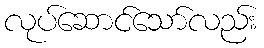
လုပ်ဆောင်သော်လည်း